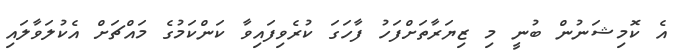
އެ ކޮމިޝަނުން ބުނީ މި ޒިޔަރާތަށްފަހު ފާހަގަ ކުރެވިފައިވާ ކަންކަމުގެ މައްޗަށް އެކުލަވާލައި